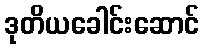
ဒုတိယခေါင်းဆောင်